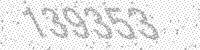
Solution: 139353